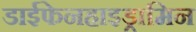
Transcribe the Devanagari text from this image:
डाईफेनहाइड्रामिन